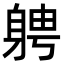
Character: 𮜷